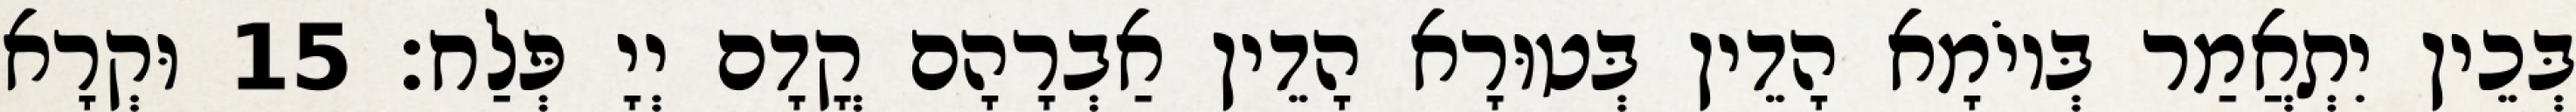
בְּכֵין יִתְאֲמַר בְּיוֹמָא הָדֵין בְּטוּרָא הָדֵין אַבְרָהָם קֳדָם יְיָ פְּלַח׃ 15 וּקְרָא